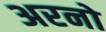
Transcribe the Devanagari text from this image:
अरनो